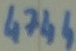
Text: 4744